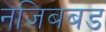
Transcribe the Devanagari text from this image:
नजिबबड